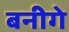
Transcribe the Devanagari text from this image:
बनीगे